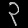
Digit: ၃